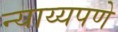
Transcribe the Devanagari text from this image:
न्याय्यपणे